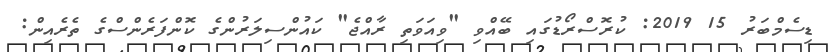
ޑިސެމްބަރު 15 2019: ކުރޮސްރޯޑުގައި ބޭއްވި "ވިއަވަތި ރާއްޖެ" ކައުންސިލަރުންގެ ކޮންފަރެންސްގެ ތެރެއިން: